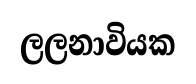
ලලනාවියක